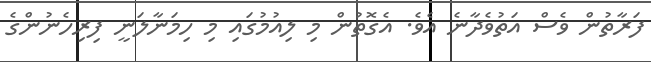
ފަރާތުން ވެސް އަތުވެދާނެ އެވެ. އެގޮތުން މި ލިއުމުގައި މި ހިމަނާލަނީ ފިރިހެނުންގެ